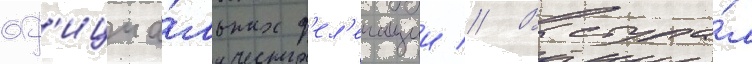
оф'ициа́льных д'ел'егации // Выступа́л